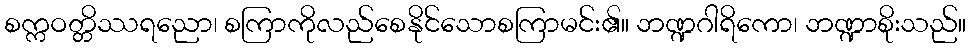
စက္ကဝတ္တိဿရညော၊ စကြာကိုလည်စေနိုင်သောစကြာမင်း၏။ ဘဏ္ဍဂါရိကော၊ ဘဏ္ဍာစိုးသည်။